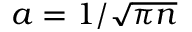
a = 1 / \sqrt { \pi n }